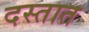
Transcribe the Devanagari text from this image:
दस्तात